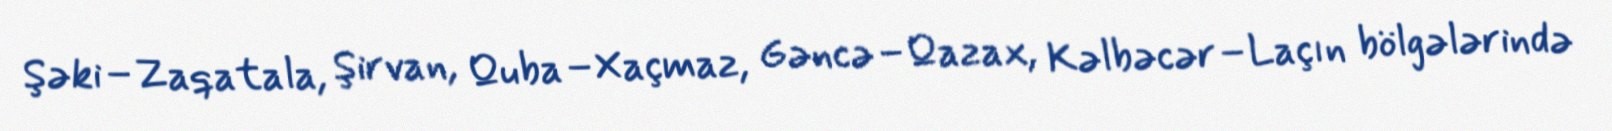
Şəki–Zaqatala, Şirvan, Quba–Xaçmaz, Gəncə–Qazax, Kəlbəcər–Laçın bölgələrində